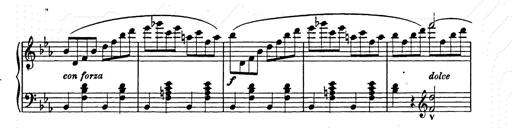
Title: Allegro di bravura
Composer: Carl Maria von Weber
Key: D major